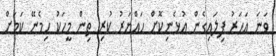
ވަނަ އަހަރު ފިލައިގެން އުޅެނިކޮށް ހައްޔަރު ކުރި ތިން މީހަކު ހިމެނޭ ކަމަށް